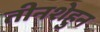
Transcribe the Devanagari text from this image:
तीनशेहुन